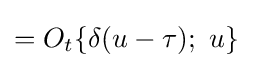
=O_{t}\{\delta (u-\tau );\ u\}